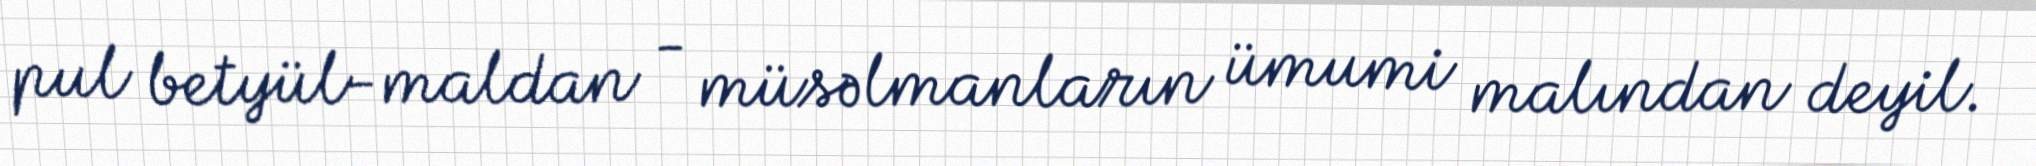
pul betyül-maldan - müsəlmanların ümumi malından deyil.